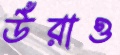
উঁরাও